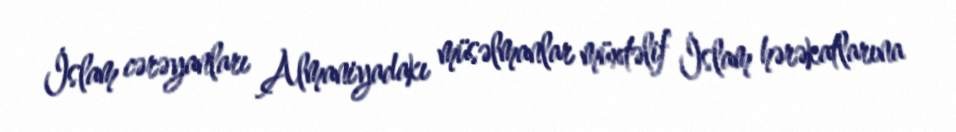
İslam cərəyanları Almaniyadakı müsəlmanlar müxtəlif İslam hərəkatlarına